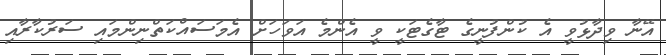
އޭނާ ވިދާޅުވީ އެ ކުންފުނީގެ ޓާގެޓަކީ ވީ އެންމެ އަވަހަށް އެމަސައްކަތްނިންމައި ސަރުކާރާއި